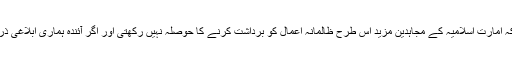
دشمن اور ذرائع ابلاغ کے مدافع اداروں کو سمجھنا چاہیے کہ امارت اسلامیہ کے مجاہدین مزید اس طرح ظالمانہ اعمال کو برداشت کرنے کا حوصلہ نہیں رکھتی اور اگر آئندہ ہماری ابلاغی ذرائع کیساتھ ایسا عمل کیا گیا، تو اس کا ردعمل شدید تر ہوگا۔